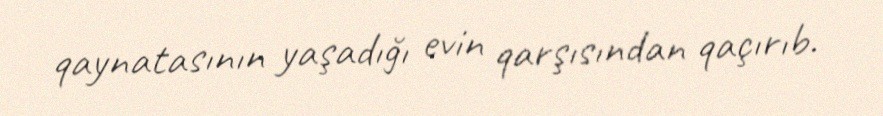
qaynatasının yaşadığı evin qarşısından qaçırıb.